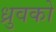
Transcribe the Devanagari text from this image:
ध्रुवको